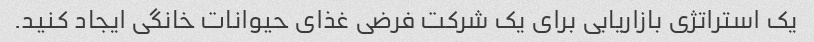
یک استراتژی بازاریابی برای یک شرکت فرضی غذای حیوانات خانگی ایجاد کنید.